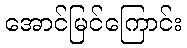
အောင်မြင်ကြောင်း